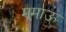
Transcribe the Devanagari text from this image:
ममाऊ